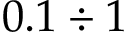
0 . 1 \div 1